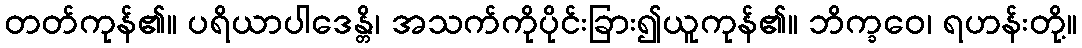
တတ်ကုန်၏။ ပရိယာပါဒေန္တိ၊ အသက်ကိုပိုင်းခြား၍ယူကုန်၏။ ဘိက္ခဝေ၊ ရဟန်းတို့။